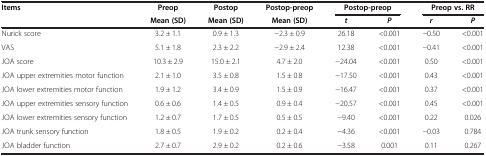
| <ROWSPAN=2> Items | Preop | Postop | Postop-preop | <COLSPAN=2> Postop-preop | <COLSPAN=2> Preop vs. RR |
 | Mean (SD) | Mean (SD) | Mean (SD) | t | P | r | P |
 | --- | --- | --- | --- | --- | --- | --- | --- |
 | Nurick score | 3.2 ± 1.1 | 0.9 ± 1.3 | −2.3 ± 0.9 | 26.18 | <0.001 | −0.50 | <0.001 |
 | VAS | 5.1 ± 1.8 | 2.3 ± 2.2 | −2.9 ± 2.4 | 12.38 | <0.001 | −0.41 | <0.001 |
 | JOA score | 10.3 ± 2.9 | 15.0 ± 2.1 | 4.7 ± 2.0 | −24.04 | <0.001 | 0.50 | <0.001 |
 | JOA upper extremities motor function | 2.1 ± 1.0 | 3.5 ± 0.8 | 1.5 ± 0.8 | −17.50 | <0.001 | 0.43 | <0.001 |
 | JOA lower extremities motor function | 1.9 ± 1.2 | 3.4 ± 0.9 | 1.5 ± 0.9 | −16.47 | <0.001 | 0.37 | <0.001 |
 | JOA upper extremities sensory function | 0.6 ± 0.6 | 1.4 ± 0.5 | 0.9 ± 0.4 | −20.57 | <0.001 | 0.45 | <0.001 |
 | JOA lower extremities sensory function | 1.2 ± 0.7 | 1.7 ± 0.5 | 0.5 ± 0.5 | −9.40 | <0.001 | 0.22 | 0.026 |
 | JOA trunk sensory function | 1.8 ± 0.5 | 1.9 ± 0.2 | 0.2 ± 0.4 | −4.36 | <0.001 | −0.03 | 0.784 |
 | JOA bladder function | 2.7 ± 0.7 | 2.9 ± 0.2 | 0.2 ± 0.6 | −3.58 | 0.001 | 0.11 | 0.267 |